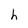
Character: h